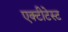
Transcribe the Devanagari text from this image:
एक्टीटेस्ट